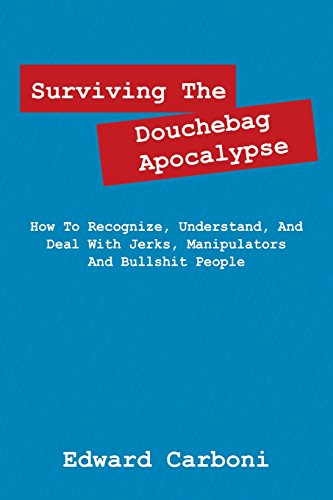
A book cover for Surviving the Douchebag Apocalypse: How to Recognize, Understand, and Deal with Jerks, Manipulators and Bullshit People; Edward Carboni; Politics & Social Sciences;